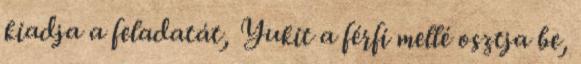
kiadja a feladatát, Yukit a férfi mellé osztja be,